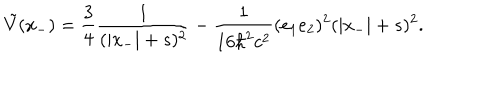
\tilde { V } ( x _ { - } ) = \frac { 3 } { 4 } \frac { 1 } { ( | x _ { - } | + s ) ^ { 2 } } - \frac { 1 } { 1 6 { \hbar } ^ { 2 } c ^ { 2 } } ( e _ { 1 } e _ { 2 } ) ^ { 2 } ( | x _ { - } | + s ) ^ { 2 } .